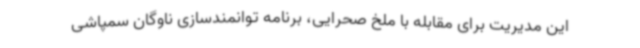
این مدیریت برای مقابله با ملخ صحرایی، برنامه توانمندسازی ناوگان سمپاشی